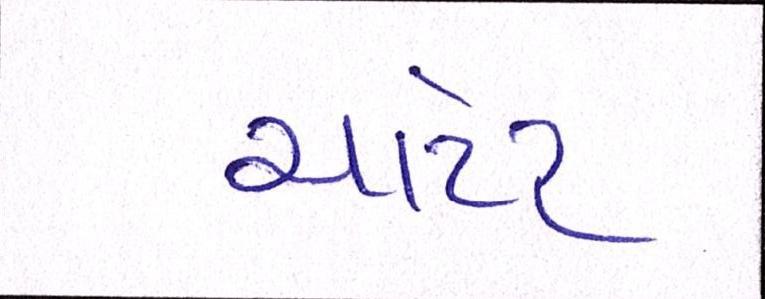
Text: ચાર્ટર